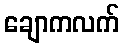
ချောကလက်